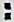
: